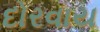
દોરવાય